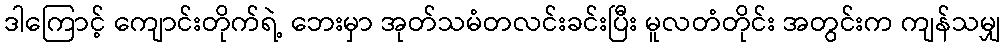
ဒါကြောင့် ကျောင်းတိုက်ရဲ့ ဘေးမှာ အုတ်သမံတလင်းခင်းပြီး မူလတံတိုင်း အတွင်းက ကျန်သမျှ